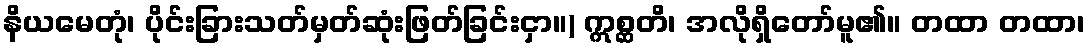
နိယမေတုံ၊ ပိုင်းခြားသတ်မှတ်ဆုံးဖြတ်ခြင်းငှာ။) ဣစ္ဆတိ၊ အလိုရှိတော်မူ၏။ တထာ တထာ၊